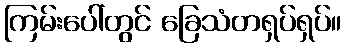
ကြမ်းပေါ်တွင် ခြေသံတရှပ်ရှပ်။